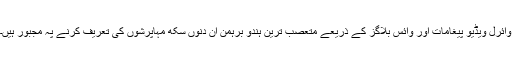
وائرل ویڈیو پیغامات اور وائس بلاگز کے ذریعے متعصب ترین ہندو برہمن ان دنوں سِکھ مہاپُرشوں کی تعریف کرنے پہ مجبور ہیں۔